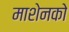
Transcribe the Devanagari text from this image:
माशेनको